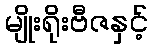
မျိုးရိုးဗီဇနှင့်